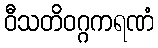
ဝီသတိဝဂ္ဂကရဏံ